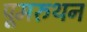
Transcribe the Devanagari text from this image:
पूमरुथन